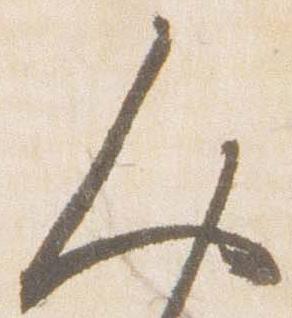
人